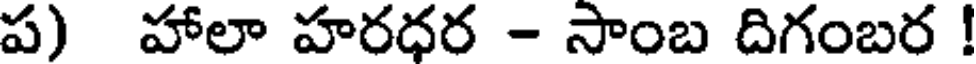
ప) హాలా హరధర - సాంబ దిగంబర !